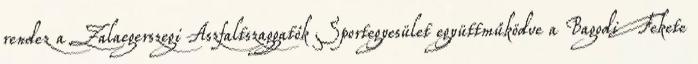
rendez a Zalaegerszegi Aszfaltszaggatók Sportegyesület együttműködve a Bagodi Fekete